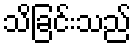
သိခြင်းသည်